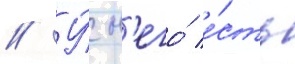
// У́ н'его́ е́сть